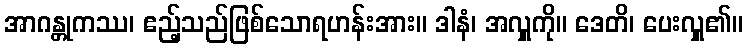
အာဂန္တုကဿ၊ ဧည့်သည်ဖြစ်သောရဟန်းအား။ ဒါနံ၊ အလှူကို။ ဒေတိ၊ ပေးလှူ၏။